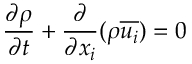
\frac { \partial \rho } { \partial t } + \frac { \partial } { \partial x _ { i } } ( \rho \overline { { u _ { i } } } ) = 0